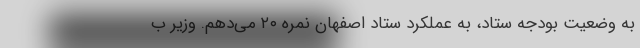
به وضعیت بودجه ستاد، به عملکرد ستاد اصفهان نمره ۲۰ می‌دهم. وزیر ب